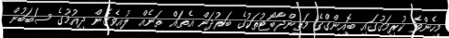
މިހެންވެ ކުރިމަގުގައި ބޮއިންގްގެ މަތިންދާބޯޓުތަކުގެ ބަރުދަން އެތައް ތަނެއް ލުއިވެގެން ދިއުމުގެ ސަބަބުން